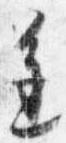
進